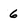
Character: 6